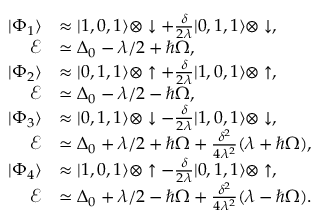
\begin{array} { r l } { | \Phi _ { 1 } \rangle } & { \approx | 1 , 0 , 1 \rangle \otimes \downarrow + \frac { \delta } { 2 \lambda } | 0 , 1 , 1 \rangle \otimes \downarrow , \quad } \\ { \mathcal { E } } & { \simeq \Delta _ { 0 } - \lambda / 2 + \hbar \Omega , } \\ { | \Phi _ { 2 } \rangle } & { \approx | 0 , 1 , 1 \rangle \otimes \uparrow + \frac { \delta } { 2 \lambda } | 1 , 0 , 1 \rangle \otimes \uparrow , \quad } \\ { \mathcal { E } } & { \simeq \Delta _ { 0 } - \lambda / 2 - \hbar \Omega , } \\ { | \Phi _ { 3 } \rangle } & { \approx | 0 , 1 , 1 \rangle \otimes \downarrow - \frac { \delta } { 2 \lambda } | 1 , 0 , 1 \rangle \otimes \downarrow , \quad } \\ { \mathcal { E } } & { \simeq \Delta _ { 0 } + \lambda / 2 + \hbar \Omega + \frac { \delta ^ { 2 } } { 4 \lambda ^ { 2 } } ( \lambda + \hbar \Omega ) , } \\ { | \Phi _ { 4 } \rangle } & { \approx | 1 , 0 , 1 \rangle \otimes \uparrow - \frac { \delta } { 2 \lambda } | 0 , 1 , 1 \rangle \otimes \uparrow , \quad } \\ { \mathcal { E } } & { \simeq \Delta _ { 0 } + \lambda / 2 - \hbar \Omega + \frac { \delta ^ { 2 } } { 4 \lambda ^ { 2 } } ( \lambda - \hbar \Omega ) . } \end{array}